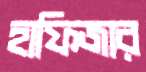
হাফিজার